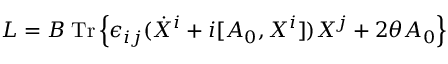
L = B \; \mathrm { { T r } } \left\{ \epsilon _ { i j } ( \dot { X } ^ { i } + i [ A _ { 0 } , X ^ { i } ] ) X ^ { j } + 2 \theta A _ { 0 } \right\}